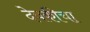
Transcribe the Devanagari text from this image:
देवकीचा